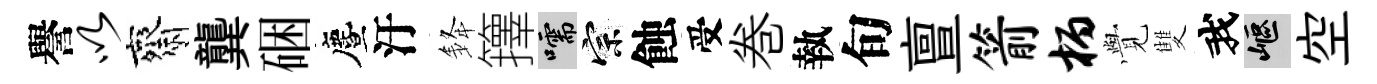
譽以齋龔硱󵨌汙𨦟籜嚅宗蝕受巻執旬亶箭柄𮗜雙我嶇空